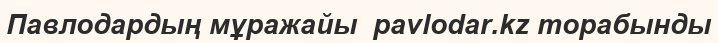
Павлодардың мұражайы  pavlodar.kz торабынды